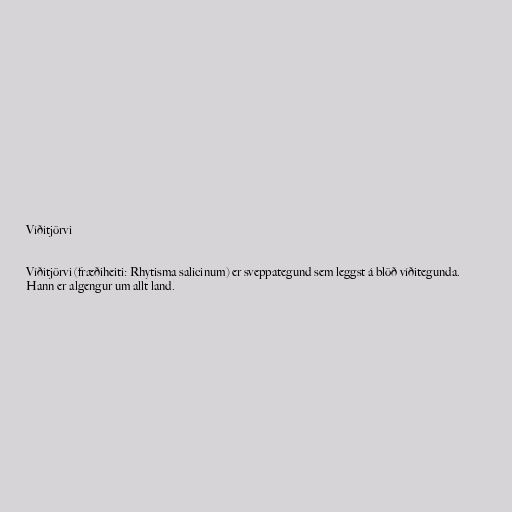
Víðitjörvi

Víðitjörvi (fræðiheiti: Rhytisma salicinum) er sveppategund sem leggst á blöð víðitegunda.
Hann er algengur um allt land.